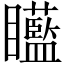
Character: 𥍍